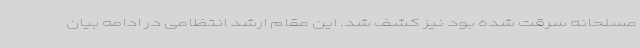
مسلحانه سرقت شده بود نیز کشف شد. این مقام ارشد انتظامی در ادامه بیان